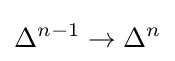
\Delta ^{n-1}\rightarrow \Delta ^{n}